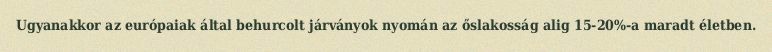
Ugyanakkor az európaiak által behurcolt járványok nyomán az őslakosság alig 15-20%-a maradt életben.